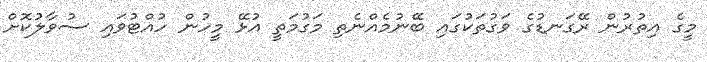
މީގެ އިތުރުން ރޭގަނޑުގެ ވަގުތަކުގައި ބޭނުމެއްނެތި މަގުމަތީ އުޅޭ މީހުން ހުއްޓުވައި ސުވާލުކޮށް